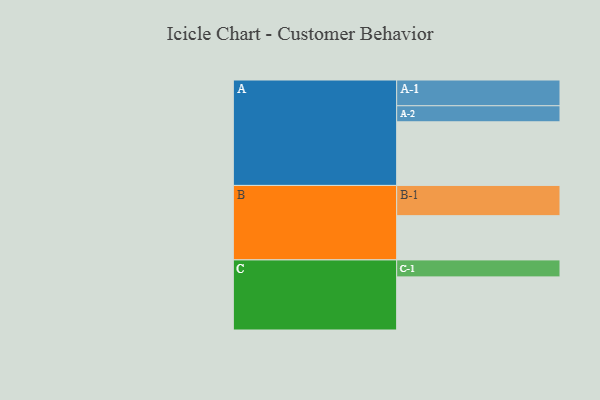
{"axis": {"x": "Segment", "y": "Value"}, "legend": ["", "A", "B", "C"], "data": [{"x": "A", "y": 551, "type": ""}, {"x": "B", "y": 383, "type": ""}, {"x": "C", "y": 460, "type": ""}, {"x": "A-1", "y": 223, "type": "A"}, {"x": "A-2", "y": 139, "type": "A"}, {"x": "B-1", "y": 262, "type": "B"}, {"x": "C-1", "y": 147, "type": "C"}]}